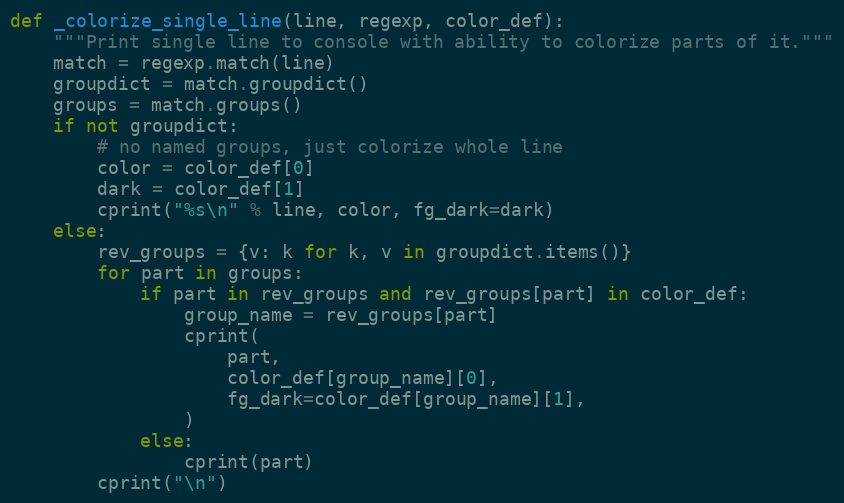
Language: Python
def _colorize_single_line(line, regexp, color_def):
    """Print single line to console with ability to colorize parts of it."""
    match = regexp.match(line)
    groupdict = match.groupdict()
    groups = match.groups()
    if not groupdict:
        # no named groups, just colorize whole line
        color = color_def[0]
        dark = color_def[1]
        cprint("%s\n" % line, color, fg_dark=dark)
    else:
        rev_groups = {v: k for k, v in groupdict.items()}
        for part in groups:
            if part in rev_groups and rev_groups[part] in color_def:
                group_name = rev_groups[part]
                cprint(
                    part,
                    color_def[group_name][0],
                    fg_dark=color_def[group_name][1],
                )
            else:
                cprint(part)
        cprint("\n")